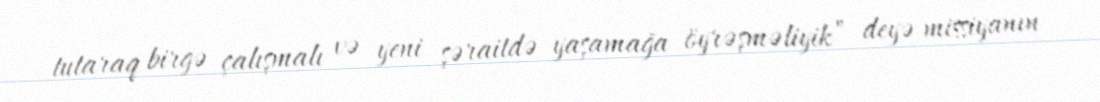
tutaraq birgə çalışmalı və yeni şəraitdə yaşamağa öyrəşməliyik” deyə missiyanın